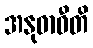
အနုဓာဝီတိ